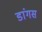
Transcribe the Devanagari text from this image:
डांगस